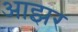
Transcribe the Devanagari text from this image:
आझर